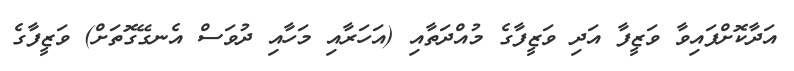
އަދާކޮށްފައިވާ ވަޒީފާ އަދި ވަޒީފާގެ މުއްދަތާއި (އަހަރާއި މަހާއި ދުވަސް އެނގޭގޮތަށް) ވަޒީފާގެ